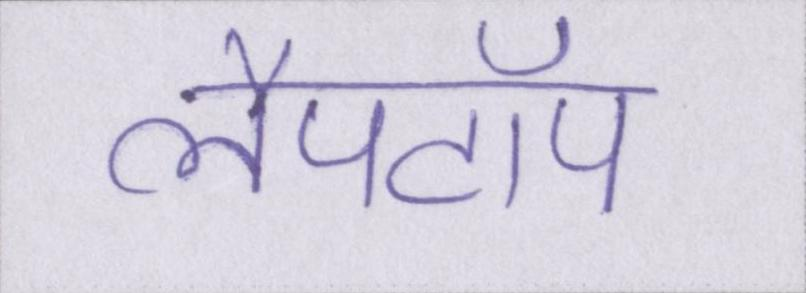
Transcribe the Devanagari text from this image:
लैपटॉप